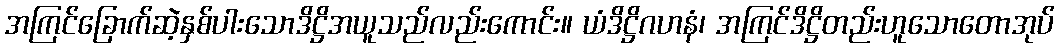
အကြင်ခြောက်ဆဲ့နှစ်ပါးသောဒိဋ္ဌိအယူသည်လည်းကောင်း။ ယံဒိဋ္ဌိဂဟနံ၊ အကြင်ဒိဋ္ဌိတည်းဟူသောတောအုပ်